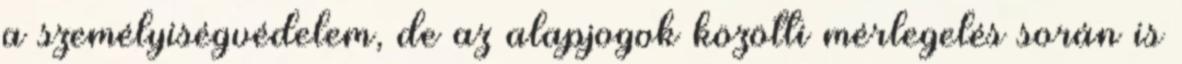
a személyiségvédelem, de az alapjogok közötti mérlegelés során is